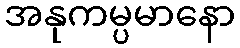
အနုကမ္ပမာနော